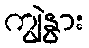
ကျွဲနွား